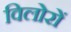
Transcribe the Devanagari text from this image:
विलोरों